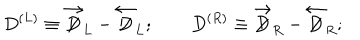
D ^ { ( L ) } \equiv \overrightarrow { \not \! \! D } _ { L } - \overleftarrow { \not \! \! D } _ { L } ; \qquad D ^ { ( R ) } \equiv \overrightarrow { \not \! \! D } _ { R } - \overleftarrow { \not \! \! D } _ { R } ;